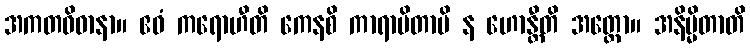
အကတဝိဓာနာ။ ဧဝံ ကရောဟီတိ ကေနစိ ကာရာပိတာပိ န ဟောန္တီတိ အတ္ထော။ အနိမ္မိတာတိ